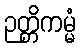
ဉတ္တိကမ္မံ